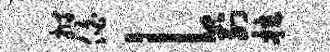
拊伯l列拉